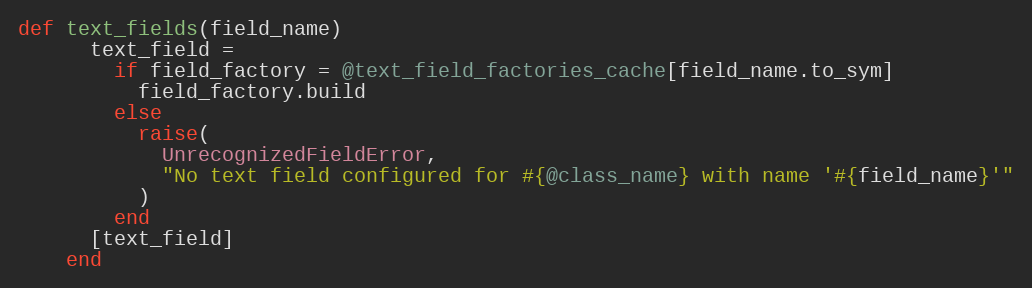
Language: Ruby
def text_fields(field_name)
      text_field =
        if field_factory = @text_field_factories_cache[field_name.to_sym]
          field_factory.build
        else
          raise(
            UnrecognizedFieldError,
            "No text field configured for #{@class_name} with name '#{field_name}'"
          )
        end
      [text_field]
    end